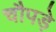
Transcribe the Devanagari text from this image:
चौपड़े